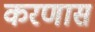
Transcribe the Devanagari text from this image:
करणास